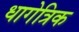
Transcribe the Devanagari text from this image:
धागेत्रिक